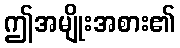
ဤအမျိုးအစား၏